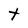
Character: t